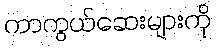
ကာကွယ်ဆေးများကို